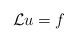
LaTeX: \begin{align*}\mathcal{L} u = f \end{align*}